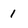
Character: 1